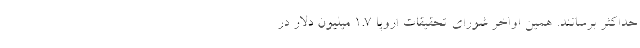
حداکثر برسانند. همین اواخر شورای تحقیقات اروپا ۱.۷ میلیون دلار در